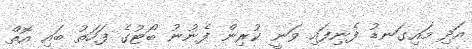
އަދި މައިގަނޑު ފެނިފައި ވަނީ ކުރިން ފެނުނު ބޯޓުގެ ފަހަތު ބައި އޮތް